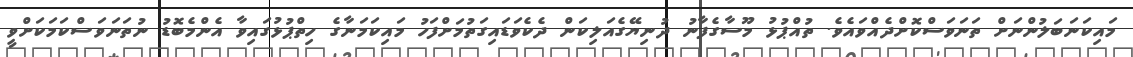
މައިކަނަބަލުންނަށް ތަނަވަސްކޮށްދެއްވައެވެ. ތުއްޕުޅު މޫސާގެފާނު ދުނިޔޭގެއަލިކަން ދެކެވަޑައިގަތުމަށްފަހު މައިކަމަނާގެ ހިތްޕުޅުގައިވާ އެންމެބޮޑު ނުތަނަވަސްކަމަކަށްވީ